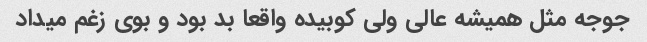
جوجه مثل همیشه عالی ولی کوبیده واقعا بد بود و بوی زغم میداد